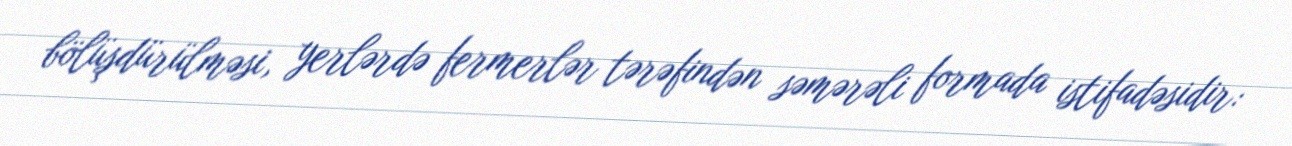
bölüşdürülməsi, yerlərdə fermerlər tərəfindən səmərəli formada istifadəsidir: